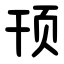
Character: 顸